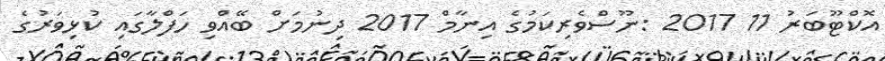
އޮކްޓޫބަރު 11 2017 :ނޫސްވެރިކަމުގެ އިނާމް 2017 ދިނުމަށް ބޭއްވި ހަފްލާގައި ކުޅިވަރުގެ